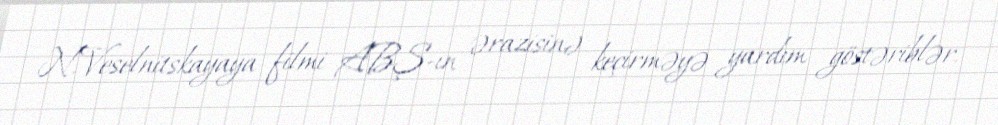
N.Veselnitskayaya filmi ABŞ-ın ərazisinə keçirməyə yardım göstəriblər.